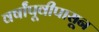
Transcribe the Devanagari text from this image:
वर्षांपूवीपासून